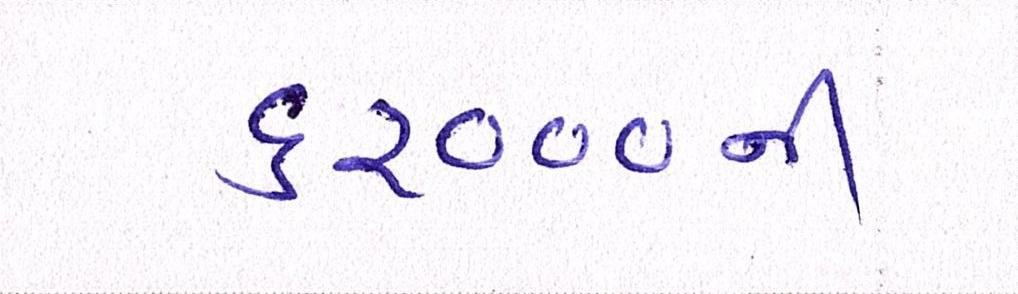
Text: ૬૨૦૦૦ની